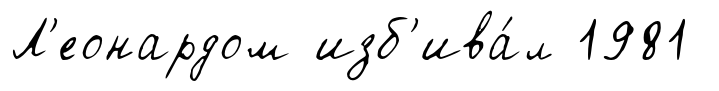
Л'еонардом изб'ива́л 1981